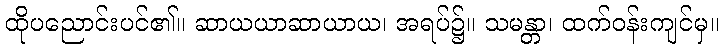
ထိုပညောင်းပင်၏။ ဆာယယာဆာယာယ၊ အရပ်၌။ သမန္တာ၊ ထက်ဝန်းကျင်မှ။